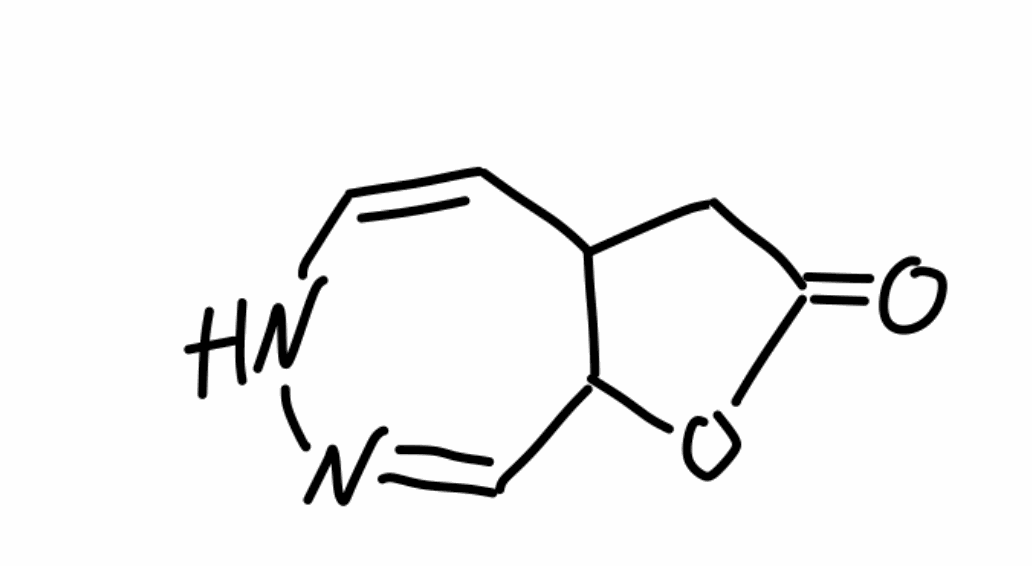
Simplified molecular-input line-entry system (SMILES) notation of the given molecule:
C1C2=C(C=NNC=C2)OC1=O